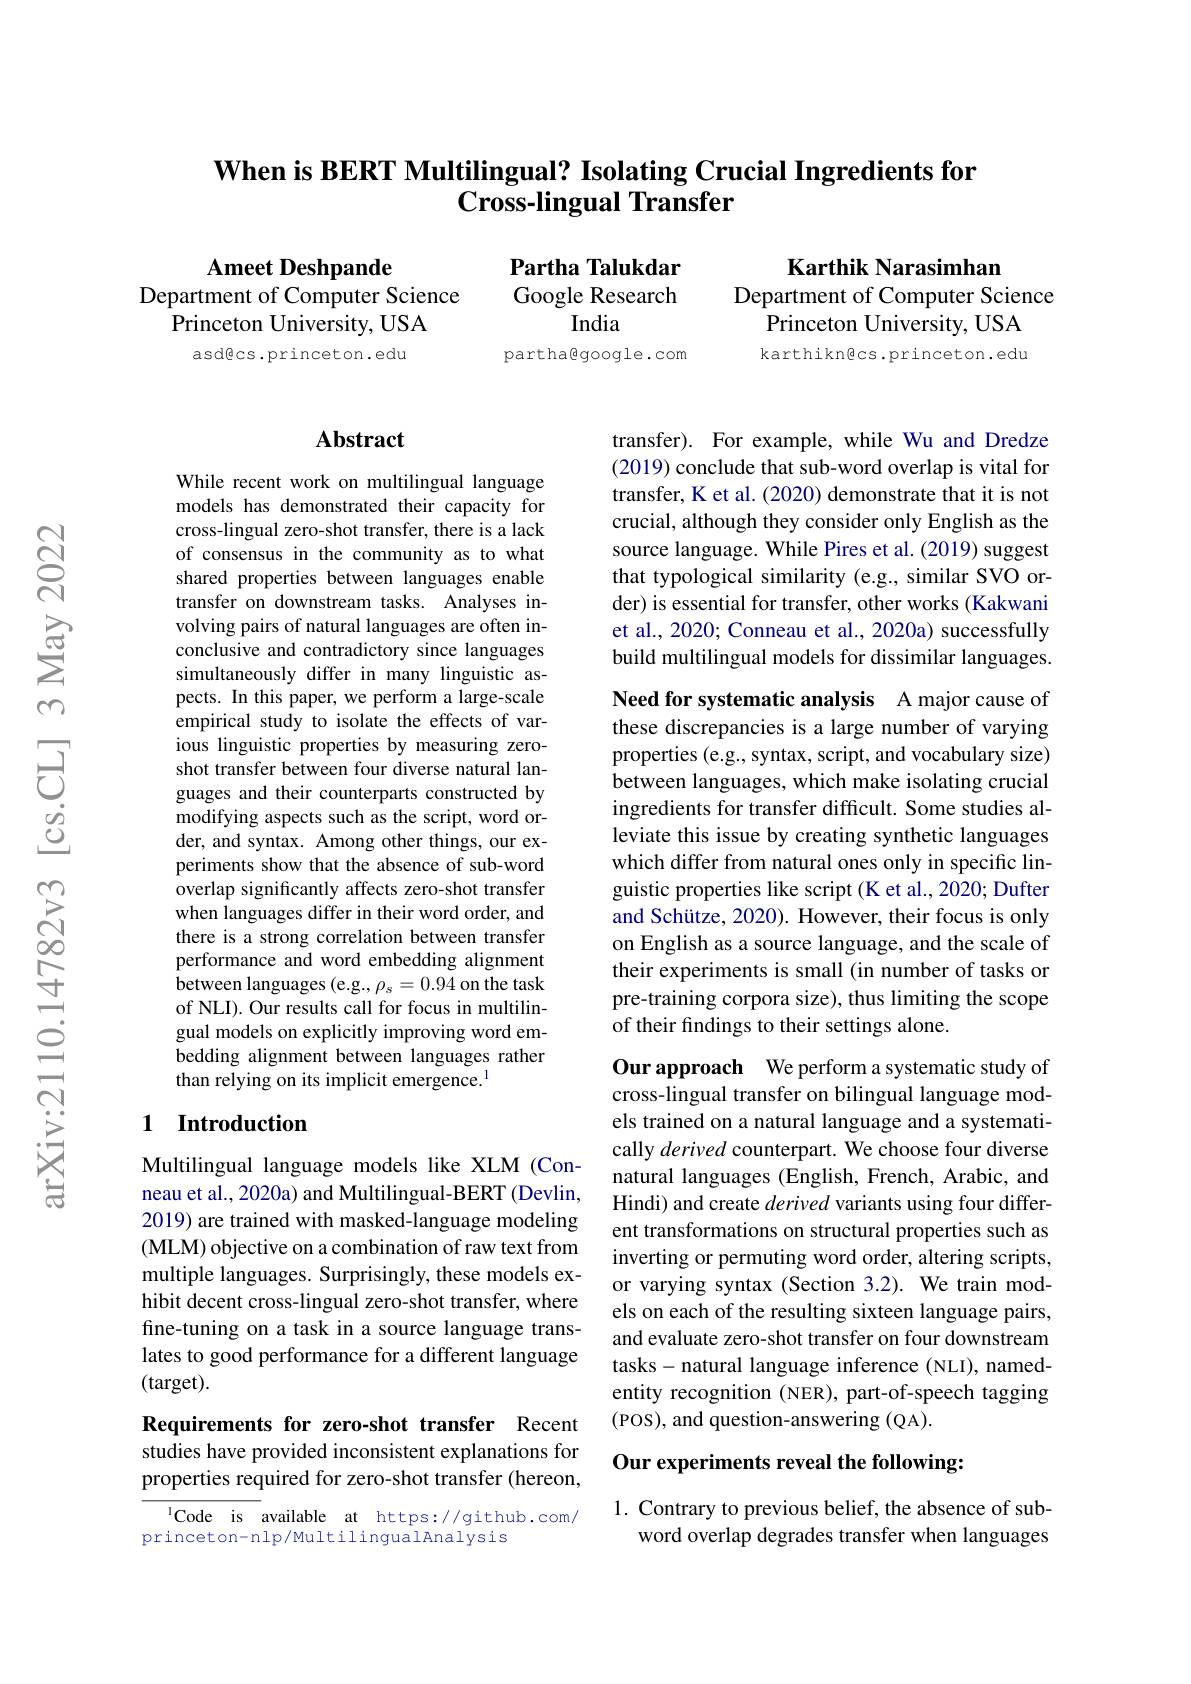
## When is BERT Multilingual? Isolating Crucial Ingredients for $\textbf{Cross- lingual Transfer}$

$\mathbf{Ameet~Deshpande}$
Department of Computer Science
Princeton University, USA

Karthik Narasimhan
Department of Computer Science
Princeton University, USA karthikngcs.princeton.edu

Partha Talukdar Google Research
India
partha@google.com

asdêcs.princeton.edu

## Abstract

While recent work on multilingual language models has demonstrated their capacity for cross-lingual zero-shot transfer, there is a lack of consensus in the community as to what shared properties between languages enable transfer on downstream tasks. Analyses involving pairs of natural languages are often inconclusive and contradictory since languages simultaneously differ in many linguistic aspects. In this paper, we perform a large-scale empirical study to isolate the effects of various linguistic properties by measuring zeroshot transfer between four diverse natural languages and their counterparts constructed by modifying aspects such as the script, word order, and syntax. Among other things, our experiments show that the absence of sub-word overlap significantly affects zero-shot transfer when languages differ in their word order, and there is a strong correlation between transfer performance and word embedding alignment between languages (e.g., $\rho_s=0.94$ on the task of NLI). Our results call for focus in multilingual models on explicitly improving word embedding alignment between languages rather than relying on its implicit emergence.$^{1}$

## 1 Introduction

Multilingual language models like XLM (Conneau et al., 2020a) and Multilingual-BERT (Devlin, 2019) are trained with masked-language modeling (MLM) objective on a combination of raw text from multiple languages. Surprisingly, these models exhibit decent cross-lingual zero-shot transfer, where fine-tuning on a task in a source language translates to good performance for a different language (target).

Requirements for zero-shot transfer Recent studies have provided inconsistent explanations for properties required for zero-shot transfer (hereon,

$^{\mathrm{I}}$Code is available at https://github.com/
princeton-nlp/MultilingualAnalysis

transfer). For example, while Wu and Dredze (2019) conclude that sub-word overlap is vital for transfer, K et al. (2020) demonstrate that it is not crucial, although they consider only English as the source language. While Pires et al. (2019) suggest that typological similarity (e.g., similar SVO order) is essential for transfer, other works (Kakwani et al., 2020; Conneau et al., 2020a) successfully build multilingual models for dissimilar languages.

Need for systematic analysis A major cause of these discrepancies is a large number of varying properties (e.g., syntax, script, and vocabulary size) between languages, which make isolating crucial ingredients for transfer difficult. Some studies alleviate this issue by creating synthetic languages which differ from natural ones only in specific linguistic properties like script (K et al., 2020; Dufter and Schütze, 2020). However, their focus is only on English as a source language, and the scale of their experiments is small (in number of tasks or pre-training corpora size), thus limiting the scope of their findings to their settings alone.
Our approach We perform a systematic study of

cross-lingual transfer on bilingual language models trained on a natural language and a systematically derived counterpart. We choose four diverse natural languages (English, French, Arabic, and Hindi) and create derived variants using four different transformations on structural properties such as inverting or permuting word order, altering scripts, or varying syntax (Section 3.2). We train models on each of the resulting sixteen language pairs, and evaluate zero-shot transfer on four downstream tasks- natural language inference (NLI), namedentity recognition (NER), part-of-speech tagging (POS), and question-answering (QA).

Our experiments reveal the following:

1. Contrary to previous belief, the absence of sub-
word overlap degrades transfer when languages